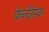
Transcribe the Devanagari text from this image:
फ़ेन्देरेस्क